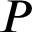
P